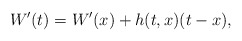
\begin{align*}W'(t)=W'(x)+h(t,x)(t-x),\end{align*}